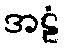
အဠံ